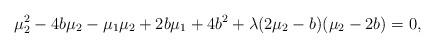
LaTeX: \begin{align*}\mu_2^2-4b\mu_2-\mu_1\mu_2+2b\mu_1+4b^2+\lambda(2\mu_2-b)(\mu_2-2b)=0,\end{align*}